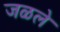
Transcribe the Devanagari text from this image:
जळले